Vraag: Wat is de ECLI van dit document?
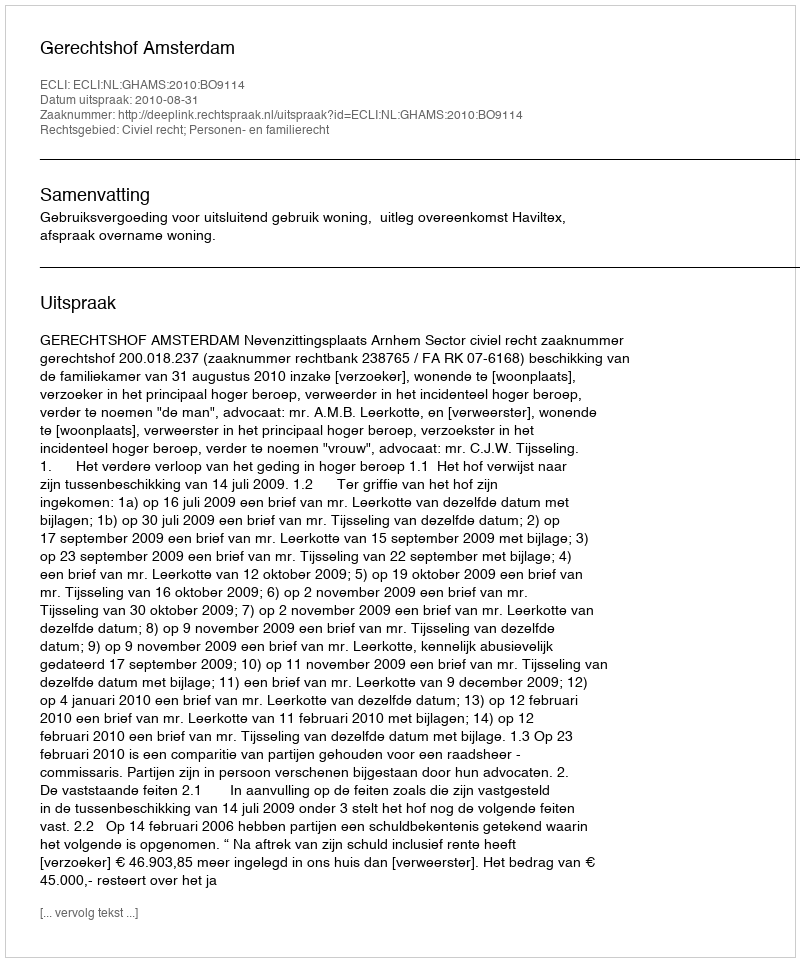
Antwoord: ECLI:NL:GHAMS:2010:BO9114